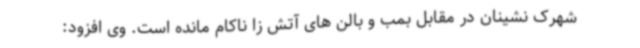
شهرک نشینان در مقابل بمب و بالن های آتش زا ناکام مانده است. وی افزود: